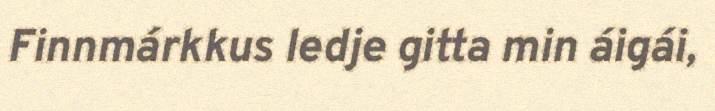
Finnmárkkus ledje gitta min áigái,